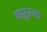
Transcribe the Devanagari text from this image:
बहा्दुरगड